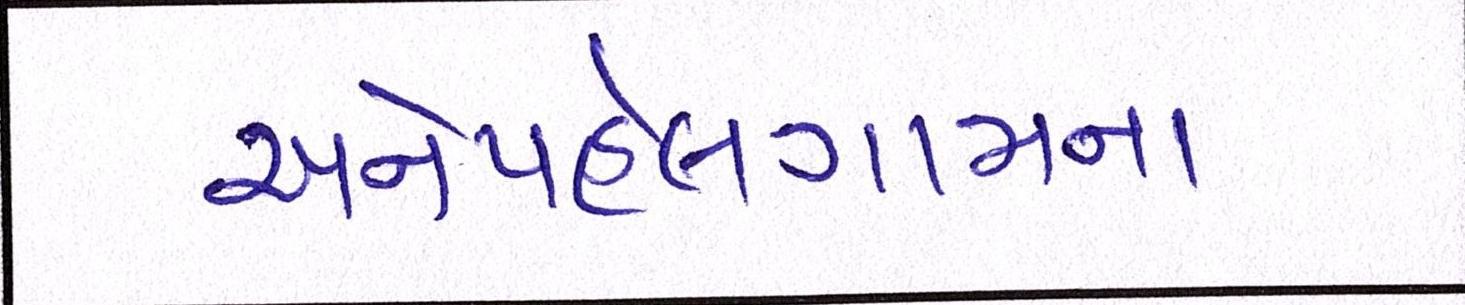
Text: અનેપહેલગામના